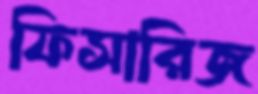
ফিসারিজ